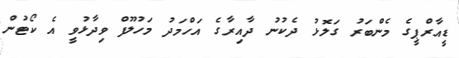
ޑީއާރްޕީގެ މެންބަރު ގަލޮޅު ދެކުނު ދާއިރާގެ އަހްމަދު މަހުލޫފް ވިދާޅުވީ އެ ކޯޓުން